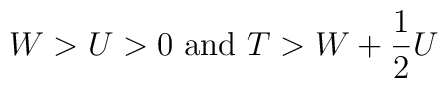
W >U>0 \mbox{   and   } T > W + \frac{1}{2} U